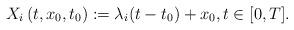
LaTeX: \begin{align*}X_i\left(t, x_{0}, t_{0}\right) := \lambda_i(t-t_{0})+x_{0}, t \in[0, T].\end{align*}